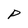
Character: P